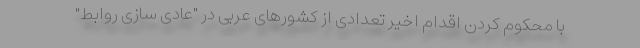
با محکوم کردن اقدام اخیر تعدادی از کشورهای عربی در "عادی سازی روابط"